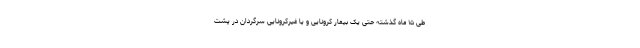
طی ۱۵ ماه گذشته حتی یک بیمار کرونایی و یا غیرکرونایی سرگردان در پشت